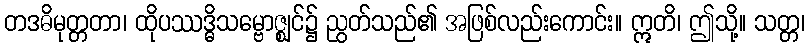
တဒဓိမုတ္တတာ၊ ထိုပဿဒ္ဓိသမ္ဗောဇ္ဈင်၌ ညွတ်သည်၏ အဖြစ်လည်းကောင်း။ ဣတိ၊ ဤသို့။ သတ္တ၊